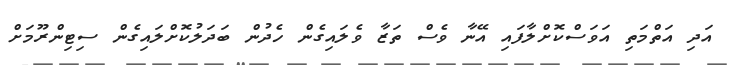
އަދި އަތްމަތި އަވަސްކޮށްލާފައި އޭނާ ވެސް ތަޒާ ވެލައިގެން ހެދުން ބަދަލުކޮށްލައިގެން ސިޓިންރޫމަށް